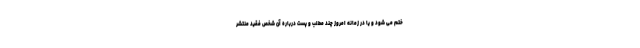
ختم می شود و یا در زمانه امروز چند مطلب و پست درباره آن شخص فقید منتشر